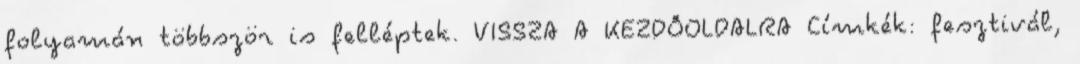
folyamán többször is felléptek. VISSZA A KEZDŐOLDALRA Címkék: fesztivál,